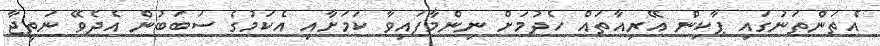
އެތަންތަނުގައި ޕާކިން އޭރިއާތައް ހެދުމަށް ނިންމާފައިވާ ކަމަށާއި އެކަމުގެ ސަބަބުން އެދެވޭ ނަތީޖާ